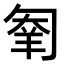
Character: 𠣮